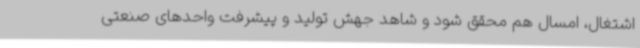
اشتغال، امسال هم محقق شود و شاهد جهش تولید و پیشرفت واحدهای صنعتی